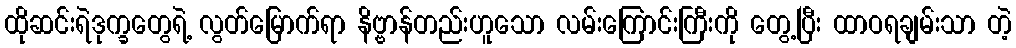
ထိုဆင်းရဲဒုက္ခတွေရဲ့ လွတ်မြောက်ရာ နိဗ္ဗာန်တည်းဟူသော လမ်းကြောင်းကြီးကို တွေ့ပြီး ထာဝရချမ်းသာ တဲ့